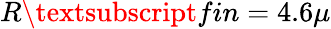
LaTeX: R\textsubscript{fin}=4.6\mu